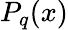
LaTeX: P_{q}(x)